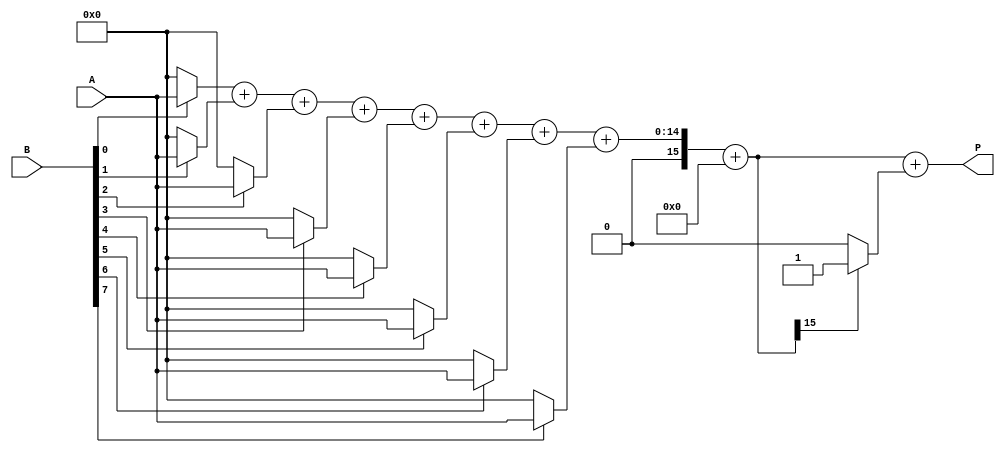
module fixed_point_wallace_multiplier #(
    parameter A_WIDTH = 8,  // Total width of multiplicand A
    parameter B_WIDTH = 8,  // Total width of multiplier B
    parameter P_WIDTH = A_WIDTH + B_WIDTH // Total width of product
)(
    input signed [A_WIDTH-1:0] A, // Multiplicand
    input signed [B_WIDTH-1:0] B, // Multiplier
    output signed [P_WIDTH-1:0] P // Product
);

    // Generate partial products
    wire [A_WIDTH-1:0] pp[B_WIDTH-1:0]; // Partial products
    genvar i;
    generate
        for (i = 0; i < B_WIDTH; i = i + 1) begin : partial_product_gen
            assign pp[i] = (B[i] ? A : 0); // Generate partial product
        end
    endgenerate

    // Wallace Tree Reduction
    wire [P_WIDTH-1:0] sum [0:P_WIDTH-1]; // Sums for Wallace tree
    wire [P_WIDTH-1:0] carry [0:P_WIDTH-1]; // Carries for Wallace tree

    // Initial stage: Input partial products
    assign sum[0] = pp[0];
    assign carry[0] = 0;

    // Wallace tree reduction stages
    genvar j;
    generate
        for (j = 0; j < B_WIDTH; j = j + 1) begin : wallace_tree
            if (j > 0) begin
                // Add previous stage's carry to the current sum
                wire [P_WIDTH-1:0] temp_sum = sum[j-1] + pp[j];
                assign sum[j] = temp_sum;
                assign carry[j] = (temp_sum[P_WIDTH-1] ? 1 : 0); // Carry out
            end
        end
    endgenerate

    // Final addition stage
    wire [P_WIDTH-1:0] final_sum;
    wire [P_WIDTH-1:0] final_carry;

    assign final_sum = sum[B_WIDTH-1] + carry[B_WIDTH-1];
    assign final_carry = (final_sum[P_WIDTH-1] ? 1 : 0); // Final carry out

    // Output product
    assign P = final_sum + final_carry;

endmodule